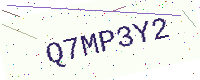
Text: Q7MP3Y2